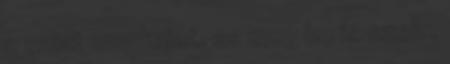
a sajat munkajat, es meg be is szol: .